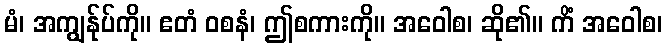
မံ၊ အကျွန်ုပ်ကို။ ဧတံ ဝစနံ၊ ဤစကားကို။ အဝေါစ၊ ဆို၏။ ကိံ အဝေါစ၊